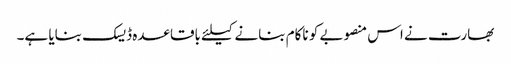
بھارت نے اس منصوبے کو ناکام بنانے کیلئے باقاعدہ ڈیسک بنایا ہے۔